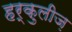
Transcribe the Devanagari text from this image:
हर्कुलीज़